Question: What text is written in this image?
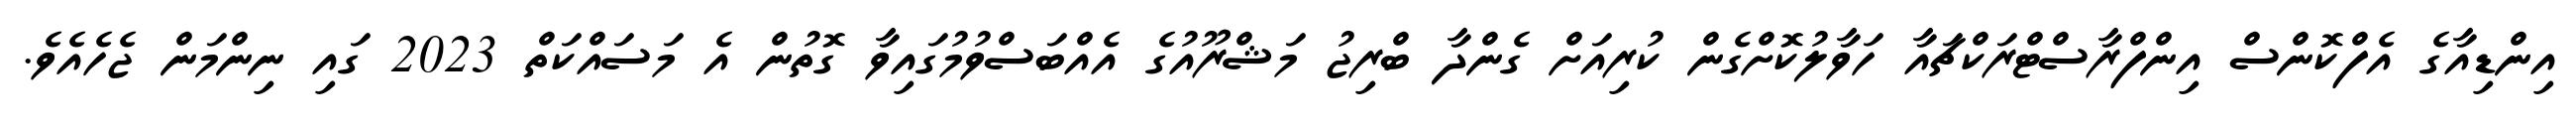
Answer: އިންޑިއާގެ އެފްކޮންސް އިންފްރާސްޓްރަކްޗައާ ހަވާލުކޮށްގެން ކުރިއަށް ގެންދާ ބްރިޖު މަޝްރޫއުގެ އެއްބަސްވުމުގައިވާ ގޮތުން އެ މަސައްކަތް 2023 ގައި ނިންމަން ޖެހެއެވެ.